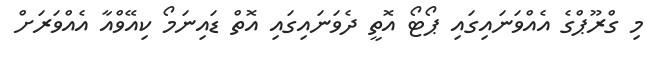
މި ގްރޫޕްގެ އެއްވަނައިގައި ޕޯޓޯ އޮތީ ދެވަނައިގައި އޮތް ޑައިނަމޯ ކިއޭވްއާ އެއްވަރަށް